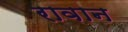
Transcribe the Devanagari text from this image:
रावान